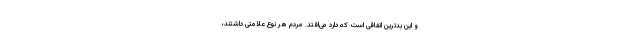
و این بدترین اتفاقی است که دارد می‌افتد. مردم هر نوع علامتی داشتند،